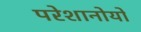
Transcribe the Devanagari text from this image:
परेशानोयों